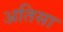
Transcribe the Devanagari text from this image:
अतिसा